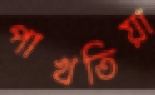
পাখতিয়া